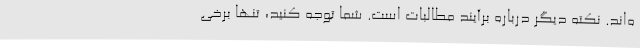
ه‌اند. نکته دیگر درباره برآیند مطالبات است. شما توجه کنید، تنها برخی